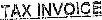
TAX INVOICE